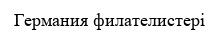
Германия филателистері